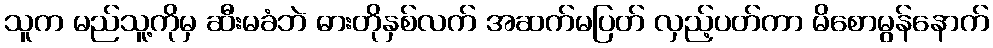
သူက မည်သူ့ကိုမှ ဆီးမခံဘဲ ဓားတိုနှစ်လက် အဆက်မပြတ် လှည့်ပတ်ကာ မိစောမွန်နောက်